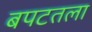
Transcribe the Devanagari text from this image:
बपटतला